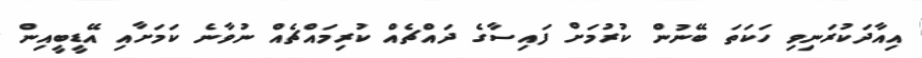
އިއާދަކުރަނިވި ހަކަތަ ބޭނުން ކުރުމަށް ފައިސާގެ ދައްޗެއް ކުރިމައްޗެއް ނުވާނެ ކަމަށާއި އޭޑީބީއިން